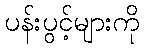
ပန်းပွင့်များကို